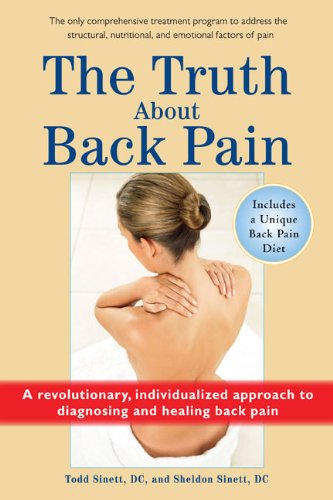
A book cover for The Truth About Back Pain: A Revolutionary, Individualized Approach to Diagnosing and Healing Back Pain; Todd Sinett DC; Health, Fitness & Dieting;